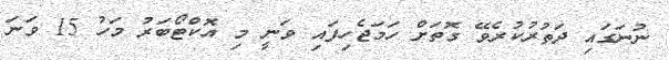
ނުނަގައި ދަތުރުކުރެވޭ ގޮތަށް ހަމަޖެހިފައި ވަނީ މި އޮކްޓޯބަރު މަހު 15 ވަނަ